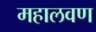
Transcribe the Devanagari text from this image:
महालवण